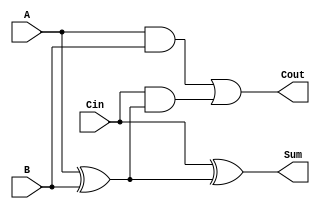
module FA (
input A, B, Cin,
output Sum, Cout

);

assign Sum = Cin ^ (A ^ B);
assign Cout = (A&B) | Cin & (A ^ B);


endmodule


///////_TB_//////////
module tb();


reg A, B, Cin;
wire Sum, Cout;

FA FA (
	A, B,Cin,
	Sum, Cout
);


initial begin

A = 0; B = 0; Cin = 0; #50;
A = 0; B = 0; Cin = 1; #50;
A = 0; B = 1; Cin = 0; #50;
A = 0; B = 1; Cin = 1; #50;
A = 1; B = 0; Cin = 0; #50;
A = 1; B = 0; Cin = 1; #50;
A = 1; B = 1; Cin = 0; #50;
A = 1; B = 1; Cin = 1; #50;

end 


endmodule